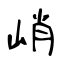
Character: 峭